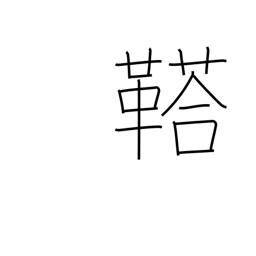
Meaning: rumbling